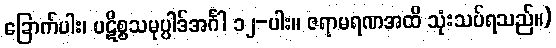
ခြောက်ပါး၊ ပဋိစ္စသမုပ္ပါဒ်အင်္ဂါ ၁၂-ပါး။ ဇရာမရဏအထိ သုံးသပ်ရသည်။)